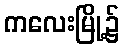
ကလေးမြို့၌